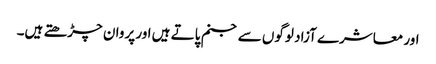
اور معاشرے آزاد لوگوں سے جنم پاتے ہیں اور پروان چڑھتے ہیں۔